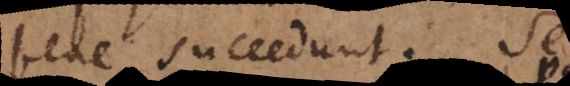
bene succedunt. Sed